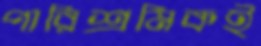
পারিশ্রমিকই